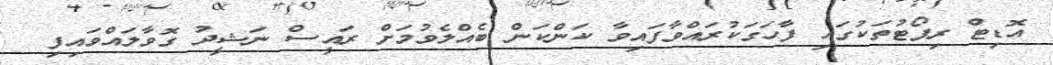
އޮޑިޓް ރިޕޯޓުތަކުގައި ފާހަގަކުރައްވާފައިވާ ކަންކަން ބެއްލެވުމަށް ރައީސް ނަޝީދު ގޮވާލައްވައިފި